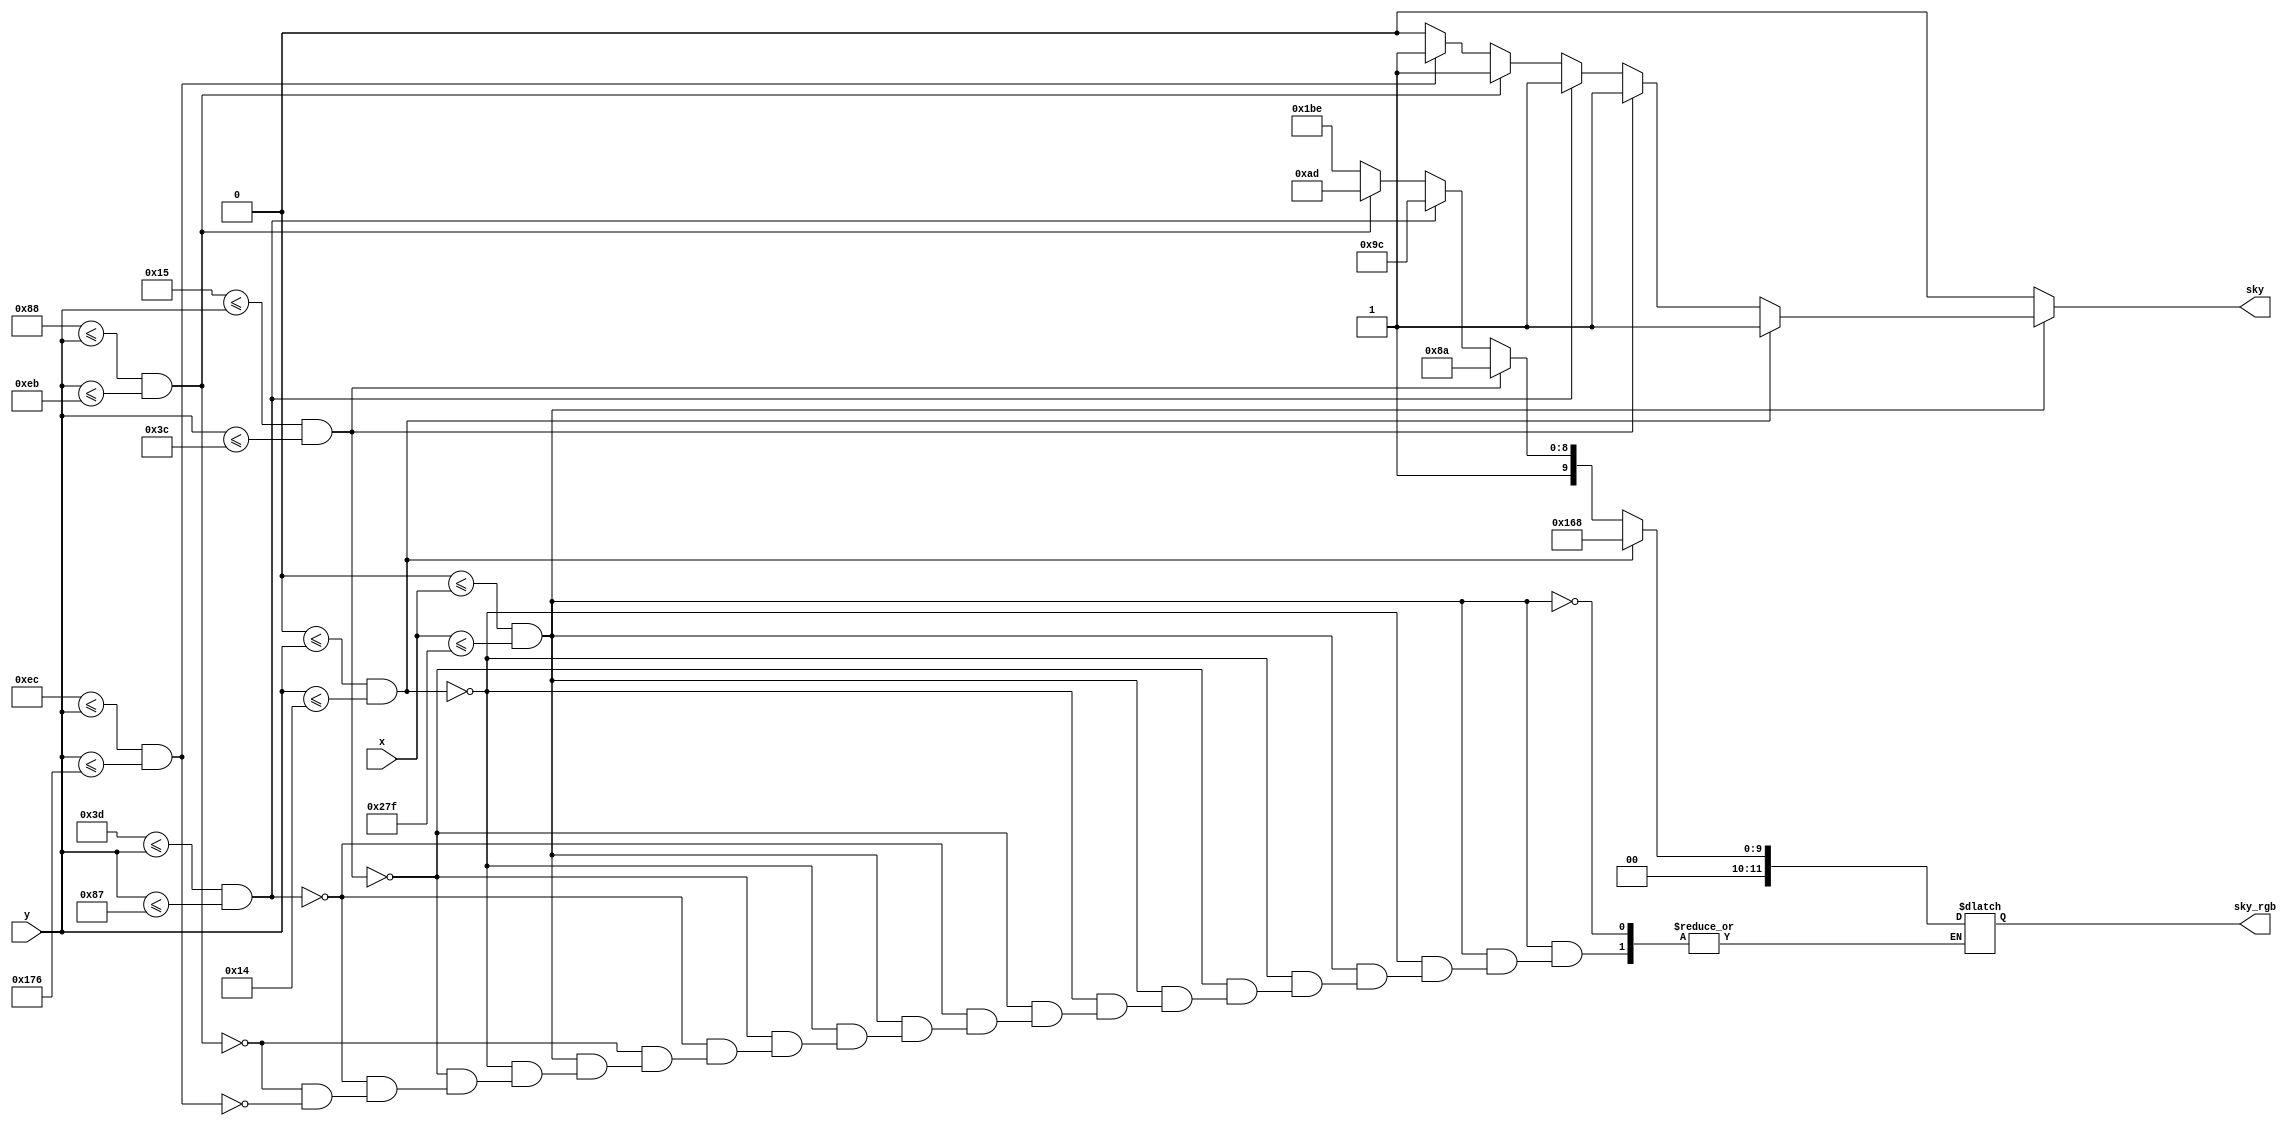
`timescale 1ns / 1ps
//////////////////////////////////////////////////////////////////////////////////
// Company: 
// Engineer: 
// 
// Design Name: 
// Module Name: draw_sky
// Project Name: 
// Target Devices: 
// Tool Versions: 
// Description: 
// 
// Dependencies: 
// 
// Revision:
// Revision 0.01 - File Created
// Additional Comments:
// 
//////////////////////////////////////////////////////////////////////////////////


module draw_sky(
    input [9:0] x, y,
    output sky,
    output [11:0] sky_rgb
    );
    
    reg isSky;
    reg [11:0] rgb_reg;
    
    always @(x or y) begin
        isSky = 0;
        if (0 <= x && x <= 639) begin
            if (0 <= y && y  <= 20) begin
                rgb_reg = 12'h168;
                isSky = 1;
            end
            else if (21 <= y && y  <= 60) begin
                rgb_reg = 12'h28a;
                isSky = 1;
            end
            else if (61 <= y && y  <= 135) begin
                rgb_reg = 12'h29c;
                isSky = 1;
            end
            else if (136 <= y && y  <= 235) begin
                rgb_reg = 12'h2ad;
                isSky = 1;
            end
            else if (236 <= y && y  <= 374) begin
                rgb_reg = 12'h3be;
                isSky = 1;
            end
        end
    end
    
    assign sky = isSky;
    assign sky_rgb = rgb_reg;
        
endmodule